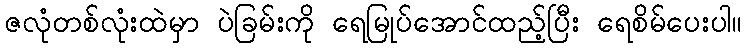
ဇလုံတစ်လုံးထဲမှာ ပဲခြမ်းကို ရေမြုပ်အောင်ထည့်ပြီး ရေစိမ်ပေးပါ။